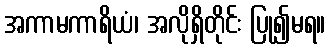
အကာမကာရိယံ၊ အလိုရှိတိုင်း ပြု၍မရ။